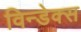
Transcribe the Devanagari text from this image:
विन्डेक्स